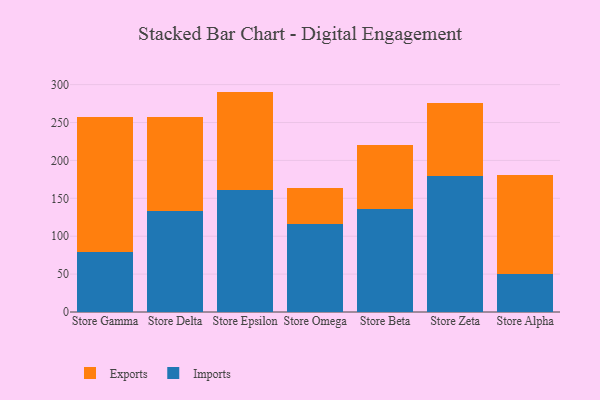
{"axis": {"x": "Store", "y": "Conversion Rate (%)"}, "legend": ["Exports", "Imports"], "data": [{"x": "Store Gamma", "y": 79.6, "type": "Imports"}, {"x": "Store Gamma", "y": 177.3, "type": "Exports"}, {"x": "Store Delta", "y": 133.4, "type": "Imports"}, {"x": "Store Delta", "y": 123.6, "type": "Exports"}, {"x": "Store Epsilon", "y": 160.6, "type": "Imports"}, {"x": "Store Epsilon", "y": 130.2, "type": "Exports"}, {"x": "Store Omega", "y": 116.4, "type": "Imports"}, {"x": "Store Omega", "y": 46.9, "type": "Exports"}, {"x": "Store Beta", "y": 135.9, "type": "Imports"}, {"x": "Store Beta", "y": 84.4, "type": "Exports"}, {"x": "Store Zeta", "y": 179.6, "type": "Imports"}, {"x": "Store Zeta", "y": 96.6, "type": "Exports"}, {"x": "Store Alpha", "y": 49.5, "type": "Imports"}, {"x": "Store Alpha", "y": 130.7, "type": "Exports"}]}